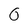
Character: O